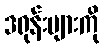
ဒရုန်းများကို